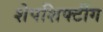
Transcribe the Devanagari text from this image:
शेपशिफ्टींग